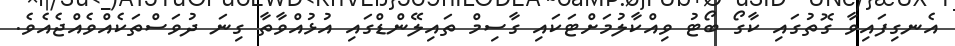
އެނގިފައިވާ ގޮތުގައި ކާގޯ ބޯޓު ވިއްކާލުމަށްޓަކައި ގާސިމް ތައިލޭންޑްގައި އުޅުއްވާތާ ގިނަ ދުވަސްތަކެއްވެއްޖެއެވެ.